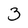
Character: 3